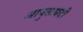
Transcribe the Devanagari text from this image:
आयुक्तपदी